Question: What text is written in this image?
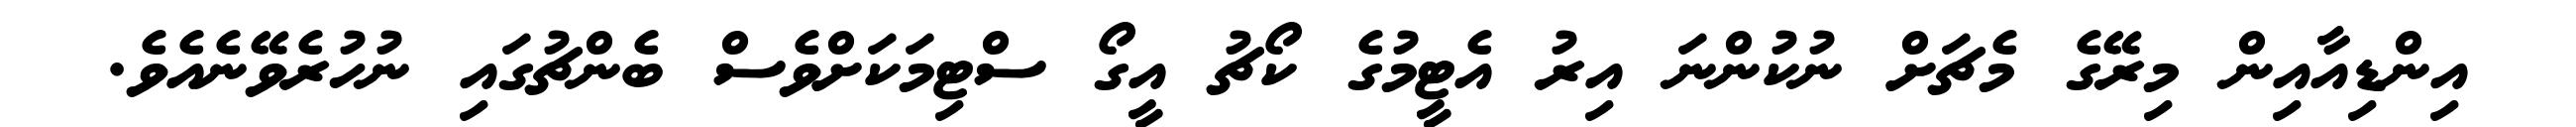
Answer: އިންޑިއާއިން މިރޭގެ މެޗަށް ނުކުންނަ އިރު އެޓީމުގެ ކޯޗު އީގޯ ސްޓިމަކަށްވެސް ބެންޗުގައި ނުހުރެވޭނެއެވެ.